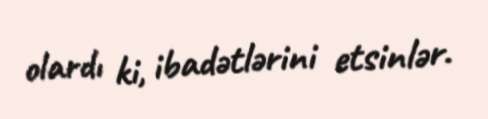
olardı ki, ibadətlərini etsinlər.